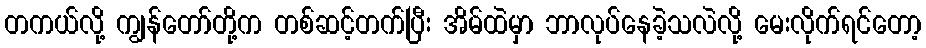
တကယ်လို့ ကျွန်တော်တို့က တစ်ဆင့်တက်ပြီး အိမ်ထဲမှာ ဘာလုပ်နေခဲ့သလဲလို့ မေးလိုက်ရင်တော့